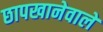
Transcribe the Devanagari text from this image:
छापखानेवाले